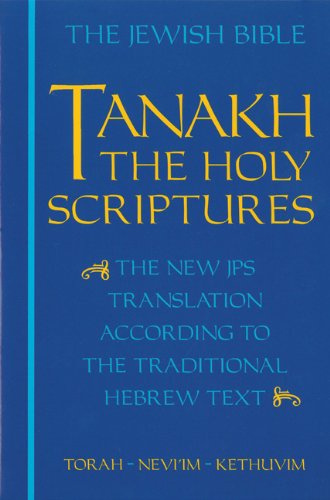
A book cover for The Jewish Bible: Tanakh: The Holy Scriptures -- The New JPS Translation According to the Traditional Hebrew Text: Torah * Nevi'im * Kethuvim; Christian Books & Bibles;